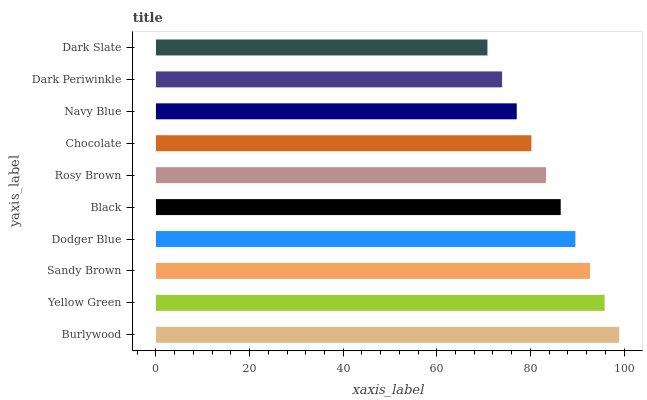
| yaxis_label | bars |
 | --- | --- |
 | Burlywood | 99 |
 | Yellow Green | 95.9 |
 | Sandy Brown | 92.7 |
 | Dodger Blue | 89.6 |
 | Black | 86.5 |
 | Rosy Brown | 83.3 |
 | Chocolate | 80.2 |
 | Navy Blue | 77.1 |
 | Dark Periwinkle | 74 |
 | Dark Slate | 70.8 |